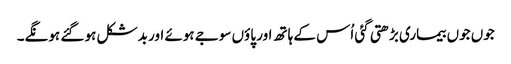
جوں جوں بیماری بڑھتی گئی اُس کے ہاتھ اور پاؤں سوجے ہوئے اور بدشکل ہو گئے ہونگے۔